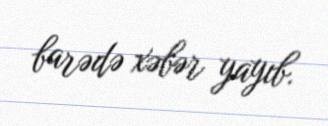
barədə xəbər yayıb.